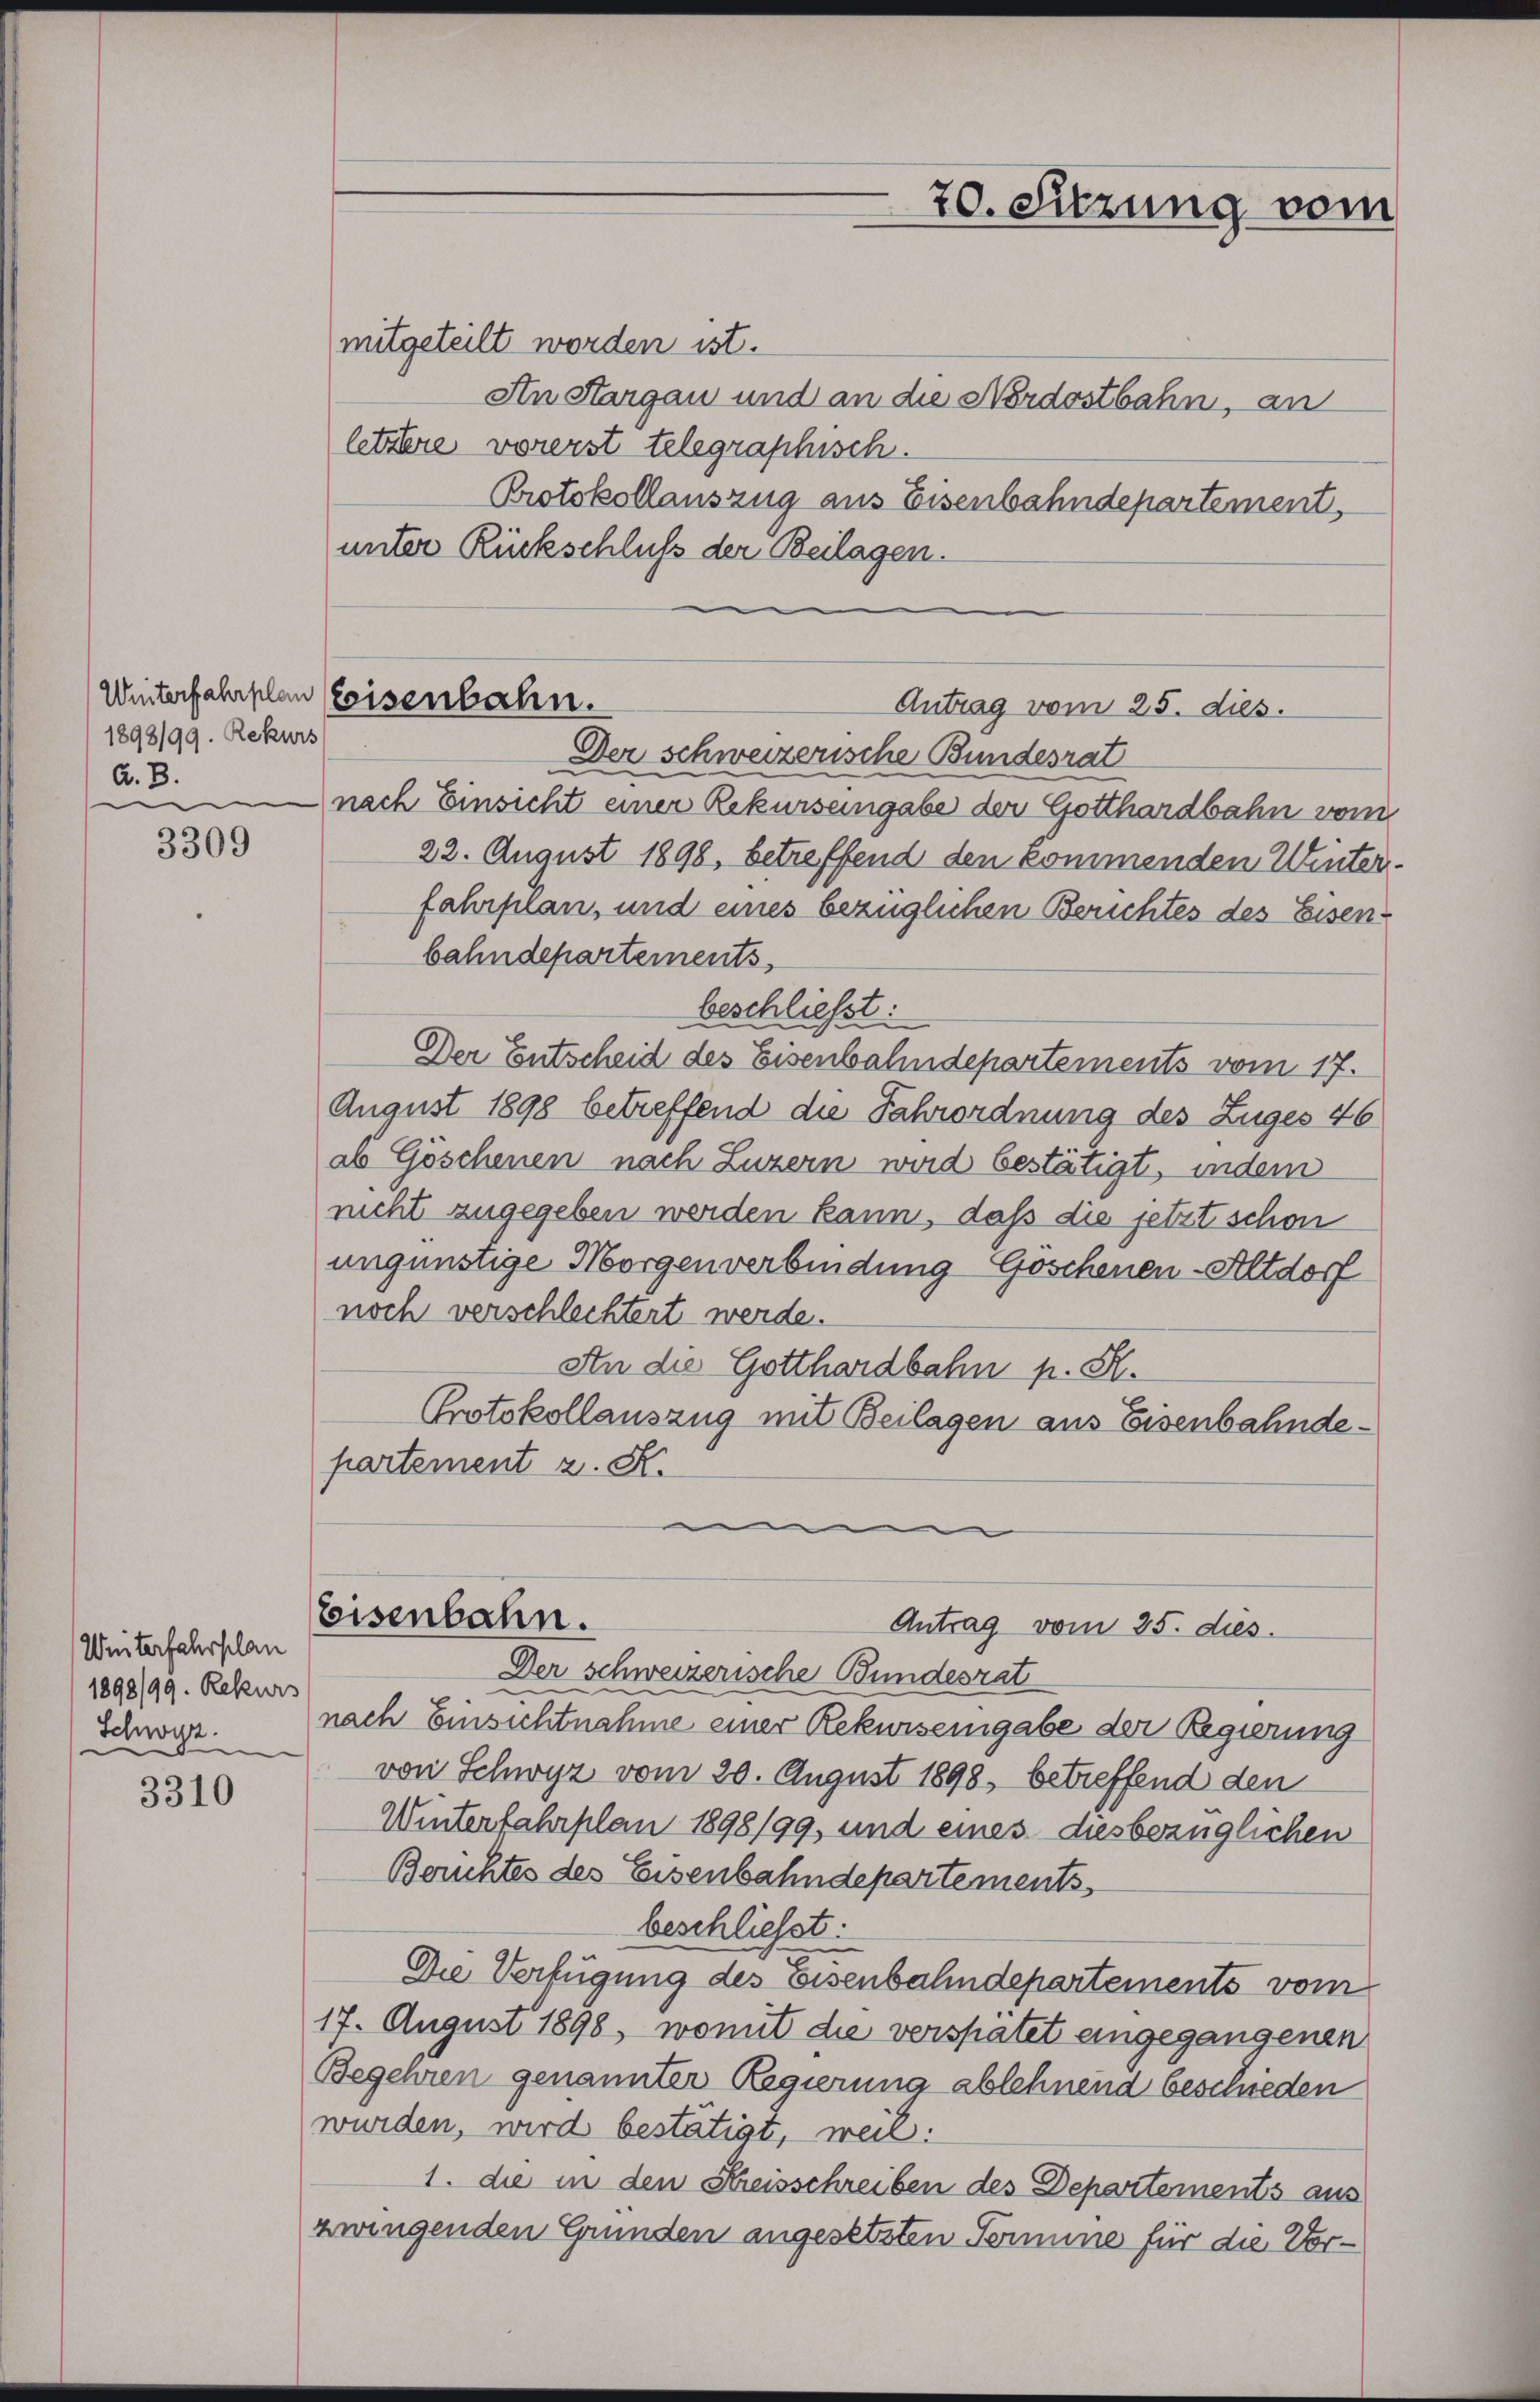
1898/99. Rekurs
A. B.
e

3309

Winterfahrplan
1898/99. Rekurs
Schwyz.

3310

mitgeteilt worden ist.
An Sargau und an die Nordostbahn, an
letztere vorerst telegraphisch.
Protokollauszug aus Eisenbahndepartement,
unter Rückschluß der Beilagen.

Winterfahrplan reisenbahn.

Der schweizerische Bundesrat
nach Einsicht einer Rekursengabe der Gotthardbahn vom
22. August 1898, betreffend den kommenden Winter
fahrplan, und eines bezüglichen Berichtes des Eisen
bahndepartements
beschließt:
Der Entscheid des Eisenbahndepartements vom 17.
Anaust 1898 betreffend die Fahrordnung des Zuges 46
ab Göschenen nach Luzern wird bestätigt, indem
ncht zugegeben werden kann, daß die jetzt schon
ungünstige Morgenverbindung Göschenen-Altdorf
noch verschlechtert werde.
An die Gotthardbahn p. St.
Protokollauszug mit Beilagen aus Eisenbahndepartement z. K.
Eisenbahn.
Antrag vom 25. dies.
Der schweizerische Bundesrat
nach Einsichtnahme einer Rekurseingabe der Regierung
von Schwyz vom 20. August 1898, betreffend den
Winterfahrplan 1898/99, und eines diesbezüglichen
Berichtes des Eisenbahndepartements
beschliesst:
Die Verfügung des Eisenbahndepartements vom
17. August 1898, womit die verspätet eingegangenen
Begehren genannter Regierung ablehnend beschieden
wurden, wird bestätigt, weil:
1. die in den Streisschreiben des Departements aus
zwingenden Grunden angesetzten Termine für die Vor¬

Antrag vom 25. dies.

20. Sitzung vom